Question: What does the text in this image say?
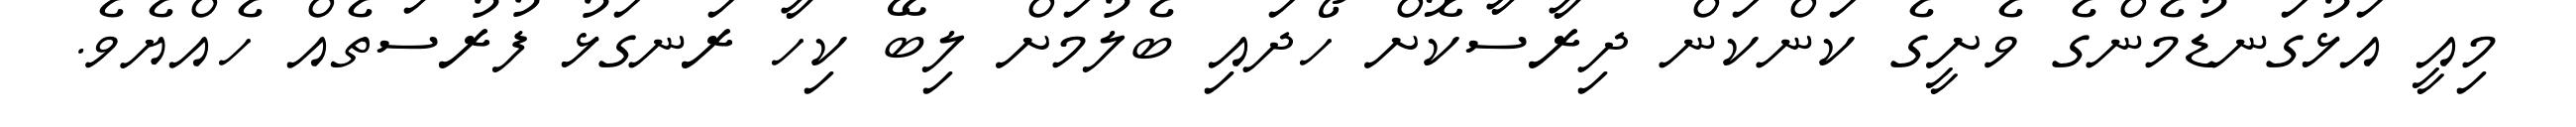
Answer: މިއީ އަޅުގަނޑުމެންގެ ވެށީގެ ކަންކަން ދިރާސާކޮށް ހޯދައި ބެލުމަށް ލިބޭ ކިހާ ރަނގަޅު ފުރުސަތެއް ހެއްޔެވެ.